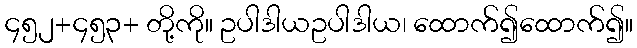
၄၅၂+၄၅၃+ တို့ကို။ ဥပါဒါယဥပါဒါယ၊ ထောက်၍ထောက်၍။